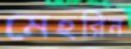
মেহরিন